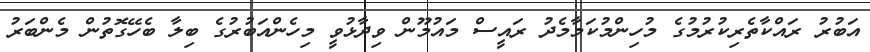
އަބުރު ރައްކާތެރިކުރުމުގެ މުހިންމުކަމާމެދު ރައީސް މައުމޫން ވިދާޅުވީ މިހެންއަބުރުގެ ބިލާ ބެހޭގޮތުން މެންބަރު